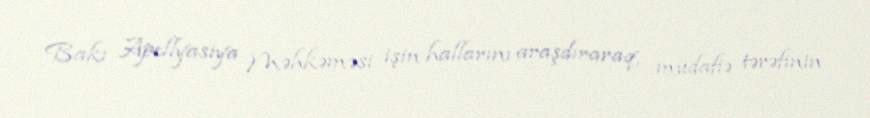
Bakı Apellyasiya Məhkəməsi işin hallarını araşdıraraq, müdafiə tərəfinin